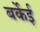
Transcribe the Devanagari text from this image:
बर्केई